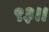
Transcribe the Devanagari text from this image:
९३।।